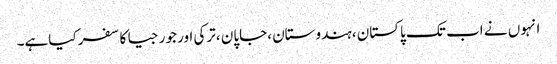
انہوں نے اب تک پاکستان ،ہندوستان ،جاپان ،ترکی اور جورجیا کا سفر کیاہے۔